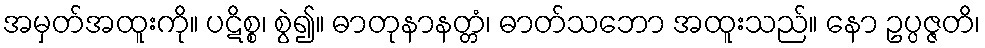
အမှတ်အထူးကို။ ပဋိစ္စ၊ စွဲ၍။ ဓာတုနာနတ္တံ၊ ဓာတ်သဘော အထူးသည်။ နော ဥပ္ပဇ္ဇတိ၊